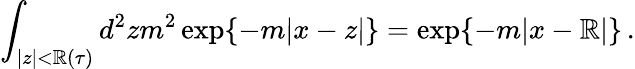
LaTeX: \int_{|z|<\mathbb{R}(\tau)}d^{2}zm^{2}\exp\{ -m|x-z|\} =\exp\{ -m|x-\mathbb{R}|\} \, .